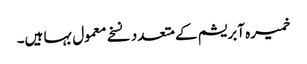
خمیرہ آبریشم کے متعدد نسخے معمول بہا ہیں۔